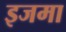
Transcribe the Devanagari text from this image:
इजमा